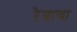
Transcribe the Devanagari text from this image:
रेवाचा